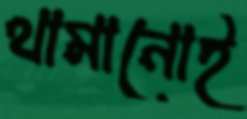
থামানোই